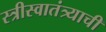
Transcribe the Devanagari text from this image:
स्त्रीस्वातंत्र्याची